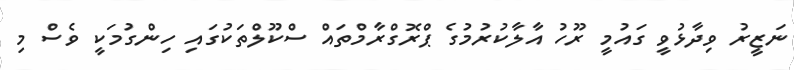
ނަޒީރު ވިދާޅުވީ ގައުމީ ރޫހު އާލާކުރުމުގެ ޕްރޮގްރާމްތައް ސްކޫލްތަކުގައި ހިންގުމަކީ ވެސް މި